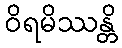
ဝိရမိဿန္တိ